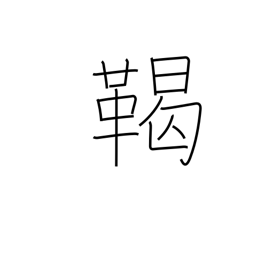
Meaning: tribe name